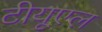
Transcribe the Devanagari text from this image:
टीयूएल